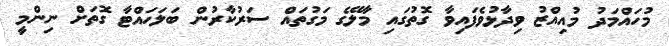
މުހައްމަދު މުއިއްޒު ވިދާޅުވެފައިވާ ގޮތުގައި މާލޭގެ މަގުތައް ސަރުކާރުން ބަލަހައްޓާ ގޮތަށް ނިންމީ